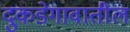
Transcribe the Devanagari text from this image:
दुकडेगावातील